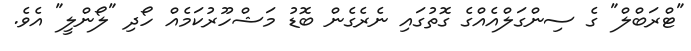
"ޓްރަބްލް" ގެ ސިންގަލްއެއްގެ ގޮތުގައި ނެރެގެން ބޮޑު މަޝްހޫރުކަމެއް ހޯދި "ލޯންލީ" އެވެ.